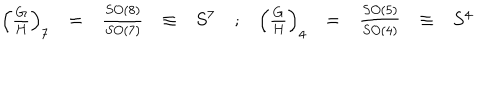
\begin{array} { r c c c l c r c c c l } { { \left( \frac { G } { H } \right) _ { 7 } } } & { { = } } & { { \frac { S O ( 8 ) } { S O ( 7 ) } } } & { { \equiv } } & { { S ^ { 7 } } } & { { ; } } & { { \left( \frac { G } { H } \right) _ { 4 } } } & { { = } } & { { \frac { S O ( 5 ) } { S O ( 4 ) } } } & { { \equiv } } & { { S ^ { 4 } } } \\ \end{array}